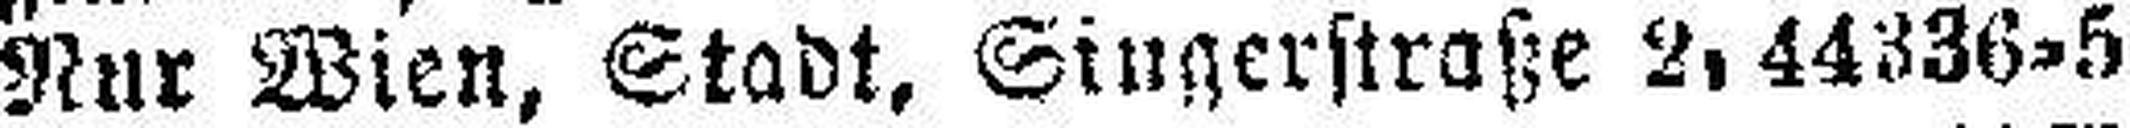
Nur Wien, Stadt, Singerstraße 2, 44336=5